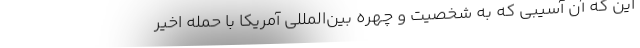
این که آن آسیبی که به شخصیت و چهره بین‌المللی آمریکا با حمله اخیر